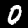
Digit: 0